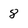
Character: 8